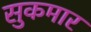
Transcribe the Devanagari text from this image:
सुकमार